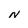
Character: N